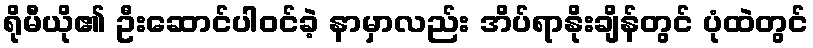
ရိုမီယို၏ ဦးဆောင်ပါဝင်ခဲ့ နာမှာလည်း အိပ်ရာနိုးချိန်တွင် ပုံထဲတွင်